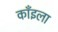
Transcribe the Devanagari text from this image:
काँइला